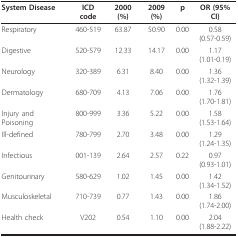
| System Disease | ICD code | 2000(%) | 2009(%) | p | OR (95% CI) |
 | --- | --- | --- | --- | --- | --- |
 | Respiratory | 460-519 | 63.87 | 50.90 | 0.00 | 0.58 (0.57-0.59) |
 | Digestive | 520-579 | 12.33 | 14.17 | 0.00 | 1.17 (1.01-0.19) |
 | Neurology | 320-389 | 6.31 | 8.40 | 0.00 | 1.36 (1.32-1.39) |
 | Dermatology | 680-709 | 4.13 | 7.06 | 0.00 | 1.76 (1.70-1.81) |
 | Injury and Poisoning | 800-999 | 3.36 | 5.22 | 0.00 | 1.58 (1.53-1.64) |
 | Ill-defined | 780-799 | 2.70 | 3.48 | 0.00 | 1.29 (1.24-1.35) |
 | Infectious | 001-139 | 2.64 | 2.57 | 0.22 | 0.97 (0.93-1.01) |
 | Genitourinary | 580-629 | 1.02 | 1.45 | 0.00 | 1.42 (1.34-1.52) |
 | Musculoskeletal | 710-739 | 0.77 | 1.43 | 0.00 | 1.86 (1.74-2.00) |
 | Health check | V202 | 0.54 | 1.10 | 0.00 | 2.04 (1.88-2.22) |